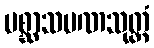
ပစ္ဆာသမဏသုတ္တံ